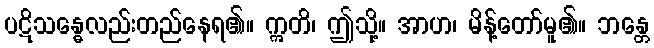
ပဋိသန္ဓေလည်းတည်နေရ၏။ ဣတိ၊ ဤသို့။ အာဟ၊ မိန့်တော်မူ၏။ ဘန္တေ